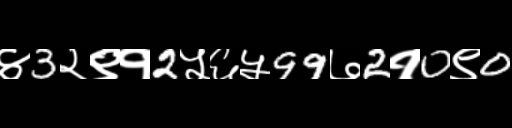
Text: ४3२९१2५६५99७2१0९0